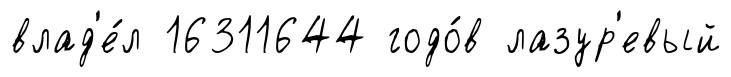
влад'е́л 16311644 годо́в лазур'евый